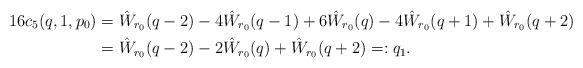
LaTeX: \begin{align*}16c_5(q,1,p_0) &= \hat W_{r_0}(q-2) - 4 \hat W_{r_0}(q-1) + 6\hat W_{r_0}(q) - 4\hat W_{r_0}(q+1) + \hat W_{r_0}(q+2)\\&= \hat W_{r_0}(q-2)-2\hat W_{r_0}(q)+\hat W_{r_0}(q+2) = :q_1.\end{align*}